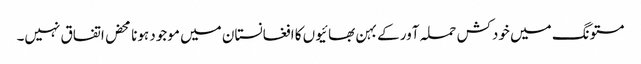
مستونگ میں خودکش حملہ آور کے بہن بھائیوں کا افغانستان میں موجود ہونا محض اتفاق نہیں۔